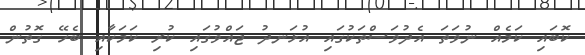
ކޮބައި ކަމެއް ނުވަތަ އެދުވަސްތަކުގައި އުޅަނދު ޖައްވުގައި ކުރި ކަމަކާއި ބެހޭ ގޮތުން